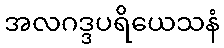
အလဂဒ္ဒပရိယေသနံ